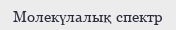
Молекүлалық спектр